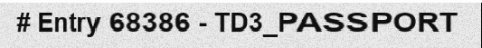
# Entry 68386 - TD3_PASSPORT